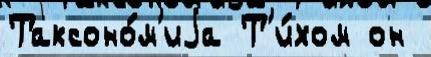
Таксоно́м'иjа Т'и́хом он